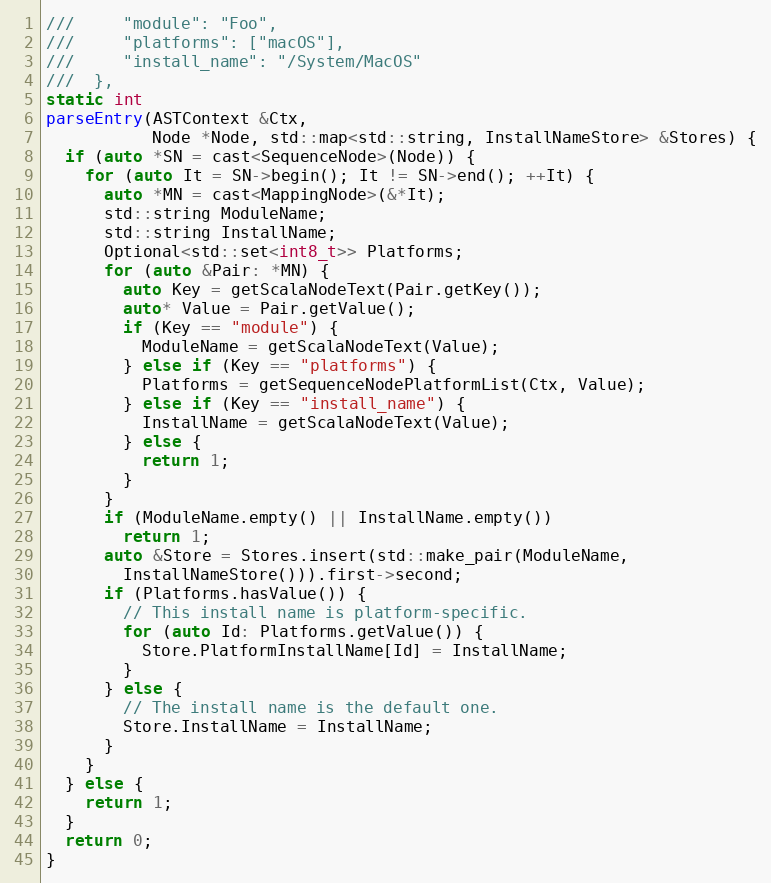
Language: C++
///     "module": "Foo",
///     "platforms": ["macOS"],
///     "install_name": "/System/MacOS"
///  },
static int
parseEntry(ASTContext &Ctx,
           Node *Node, std::map<std::string, InstallNameStore> &Stores) {
  if (auto *SN = cast<SequenceNode>(Node)) {
    for (auto It = SN->begin(); It != SN->end(); ++It) {
      auto *MN = cast<MappingNode>(&*It);
      std::string ModuleName;
      std::string InstallName;
      Optional<std::set<int8_t>> Platforms;
      for (auto &Pair: *MN) {
        auto Key = getScalaNodeText(Pair.getKey());
        auto* Value = Pair.getValue();
        if (Key == "module") {
          ModuleName = getScalaNodeText(Value);
        } else if (Key == "platforms") {
          Platforms = getSequenceNodePlatformList(Ctx, Value);
        } else if (Key == "install_name") {
          InstallName = getScalaNodeText(Value);
        } else {
          return 1;
        }
      }
      if (ModuleName.empty() || InstallName.empty())
        return 1;
      auto &Store = Stores.insert(std::make_pair(ModuleName,
        InstallNameStore())).first->second;
      if (Platforms.hasValue()) {
        // This install name is platform-specific.
        for (auto Id: Platforms.getValue()) {
          Store.PlatformInstallName[Id] = InstallName;
        }
      } else {
        // The install name is the default one.
        Store.InstallName = InstallName;
      }
    }
  } else {
    return 1;
  }
  return 0;
}